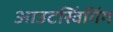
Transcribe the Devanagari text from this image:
आउटस्विंगिंग